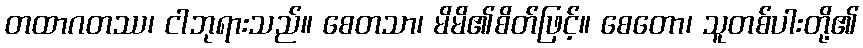
တထာဂတဿ၊ ငါဘုရားသည်။ စေတသာ၊ မိမိ၏စိတ်ဖြင့်။ စေတော၊ သူတစ်ပါးတို့၏